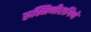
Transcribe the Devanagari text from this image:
रुक्मिणीरागिणे